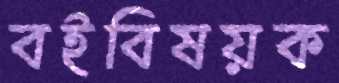
বইবিষয়ক